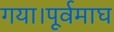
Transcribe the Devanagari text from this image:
गया।पूर्वमाघ